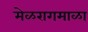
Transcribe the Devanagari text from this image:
मेळरागमाळा